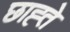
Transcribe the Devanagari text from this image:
छाह्ते